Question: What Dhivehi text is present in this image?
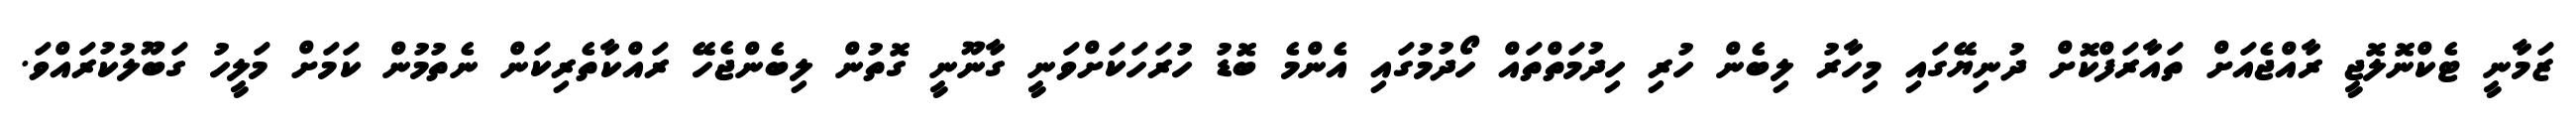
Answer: ޒަމާނީ ޓެކްނޮލޮޖީ ރާއްޖެއަށް ތައާރަފްކޮށް ދުނިޔޭގައި މިހާރު ލިބެން ހުރި ހިދުމަތްތައް ހޯދުމުގައި އެންމެ ބޮޑު ހުރަހަކަށްވަނީ ގާނޫނީ ގޮތުން ލިބެންޖެހޭ ރައްކާތެރިކަން ނެތުމުން ކަމަށް މަލީހު ގަބޫލުކުރައްވަ.